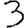
Digit: 3